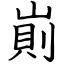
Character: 崱